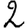
Digit: 2